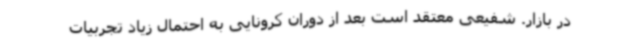
در بازار. شفیعی معتقد است بعد از دوران کرونایی به احتمال زیاد تجربیات